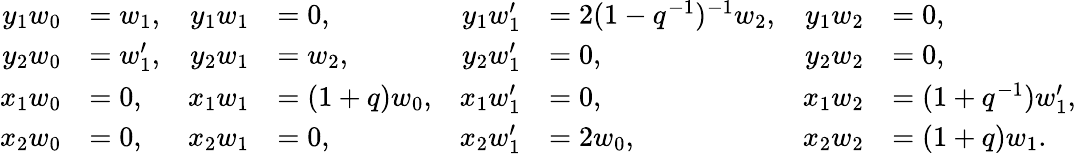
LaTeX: \begin{array}{rlrlrlrl}{y_{1}w_{0}}&{=w_{1},}&{y_{1}w_{1}}&{=0,}&{y_{1}w_{1}^{\prime}}&{=2(1-q^{-1})^{-1}w_{2},}&{y_{1}w_{2}}&{=0,}\\ {y_{2}w_{0}}&{=w_{1}^{\prime},}&{y_{2}w_{1}}&{=w_{2},}&{y_{2}w_{1}^{\prime}}&{=0,}&{y_{2}w_{2}}&{=0,}\\ {x_{1}w_{0}}&{=0,}&{x_{1}w_{1}}&{=(1+q)w_{0},}&{x_{1}w_{1}^{\prime}}&{=0,}&{x_{1}w_{2}}&{=(1+q^{-1})w_{1}^{\prime},}\\ {x_{2}w_{0}}&{=0,}&{x_{2}w_{1}}&{=0,}&{x_{2}w_{1}^{\prime}}&{=2w_{0},}&{x_{2}w_{2}}&{=(1+q)w_{1}.}\end{array}